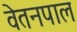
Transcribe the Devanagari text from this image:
वेतनपाल